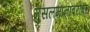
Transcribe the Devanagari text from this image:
मुसलमानांबरोबर